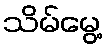
သိမ်မွေ့